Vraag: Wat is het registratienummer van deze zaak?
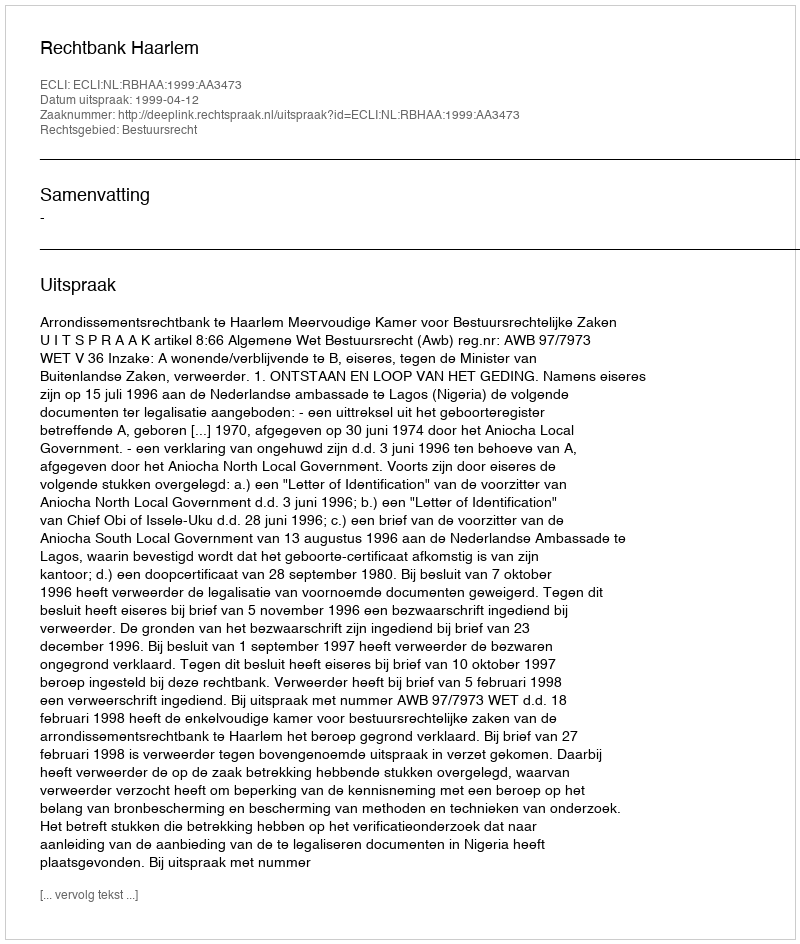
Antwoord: http://deeplink.rechtspraak.nl/uitspraak?id=ECLI:NL:RBHAA:1999:AA3473